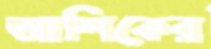
আশিকের